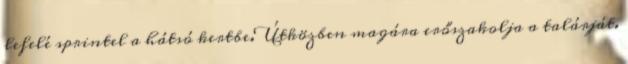
lefelé sprintel a hátsó kertbe.Útközben magára erőszakolja a talárját.